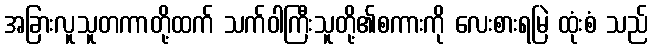
အခြားလူသူတကာတို့ထက် သက်ဝါကြီးသူတို့၏စကားကို လေးစားရမြဲ ထုံးစံ သည်